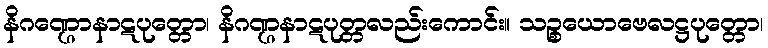
နိဂဏ္ဌောနာဋပုတ္တော၊ နိဂဏ္ဌနာဋပုတ္တလည်းကောင်း။ သဉ္စယောဗေလဋ္ဌပုတ္တော၊